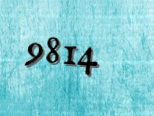
9814